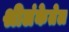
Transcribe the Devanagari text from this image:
श्रीलंकेतेल